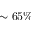
\sim 6 5 \%